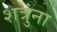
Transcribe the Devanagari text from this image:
शत्रुंना